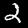
Digit: 2